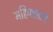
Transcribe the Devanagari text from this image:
महिपालाने